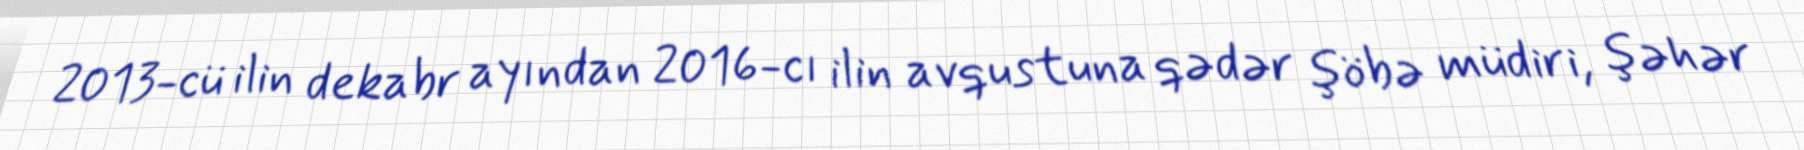
2013-cü ilin dekabr ayından 2016-cı ilin avqustuna qədər şöbə müdiri, şəhər